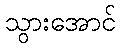
သွားအောင်